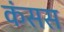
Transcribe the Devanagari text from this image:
कंसस